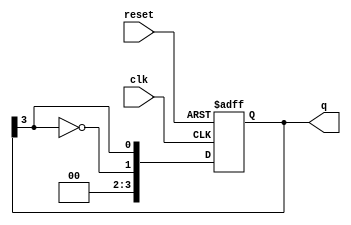
module johnson_counter #(
    parameter N = 4 // Number of flip-flops (can be changed as needed)
)(
    input wire clk,          // Clock signal
    input wire reset,        // Asynchronous reset signal
    output reg [N-1:0] q     // Output of the counter
);

    // Sequential logic for the Johnson counter
    always @(posedge clk or posedge reset) begin
        if (reset) begin
            q <= 0; // Reset the counter to 0
        end else begin
            // Johnson counter logic
            q <= {~q[N-1], q[N-1:N-1]}; // Shift and feedback inverted last bit
        end
    end

endmodule